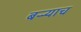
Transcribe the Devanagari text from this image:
बऱ्र्‍याच